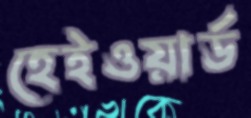
হেইওয়ার্ড